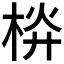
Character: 𣒁